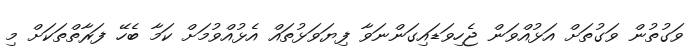
ވަގުތުން ވަގުތަށް އަޅުއްވަން ޖެހިވަޑައިގަންނަވާ ފިޔަވަޅުތައް އެޅުއްވުމަށް ކަމާ ބެހޭ ފަރާތްތަކަށް މި